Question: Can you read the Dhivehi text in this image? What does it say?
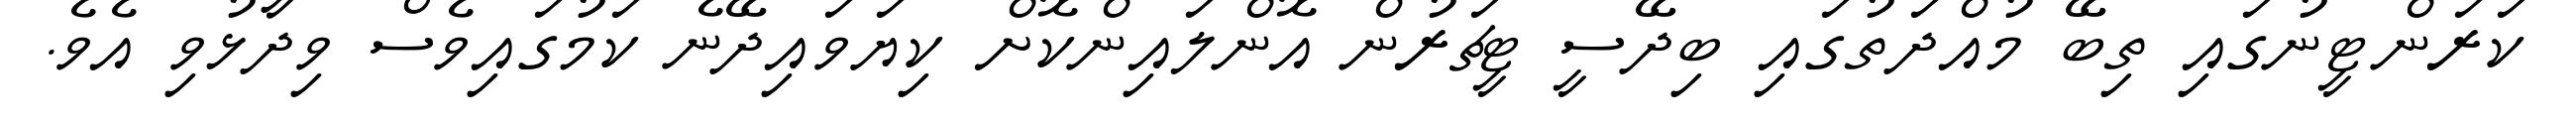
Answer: ކަރަންޓީނުގައި ތިބޭ މުއްދަތުގައި ބިދޭސީ ޓީޗަރުން އޮންލައިންކޮށް ކިޔަވައިދޭނެ ކަމުގައިވެސް ވިދާޅުވި އެވެ.